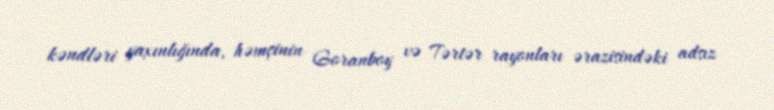
kəndləri yaxınlığında, həmçinin Goranboy və Tərtər rayonları ərazisindəki adsız